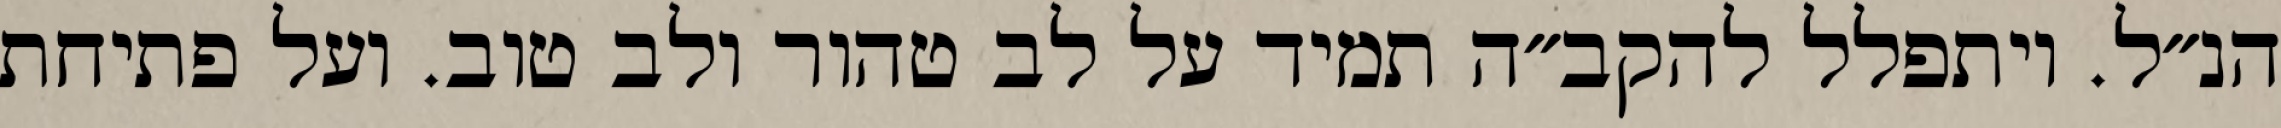
הנ״ל. ויתפלל להקב״ה תמיד על לב טהור ולב טוב. ועל פתיחת